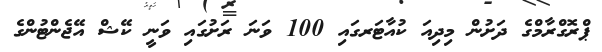
ޕްރޮގްރާމްގެ ދަށުން މިދިއަ ކުއާޓަރގައި 100 ވަނަ ރަށުގައި ވަނީ ކޭޝް އޭޖެންޓުންގެ